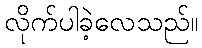
လိုက်ပါခဲ့လေသည်။